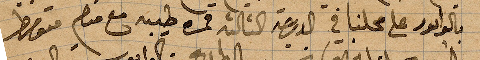
بالواتور على محلنا في الدرجة الثالثة قمرة طيبة مع منهم ...